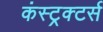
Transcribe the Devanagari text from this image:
कंस्ट्रक्टर्स